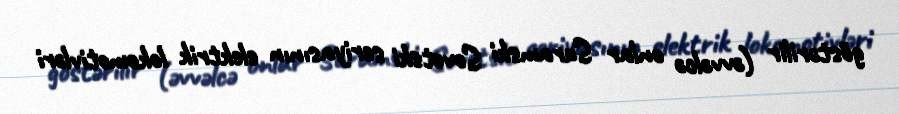
göstərilir (əvvəlcə onlar Suramski Sovetski seriyasının elektrik lokomotivləri